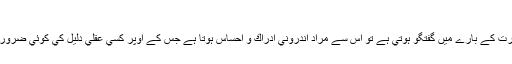
فطري لگاؤ:
جس وقت فطرت كے بارے ميں گفتگو ہوتي ہے تو اس سے مراد اندروني ادراك و احساس ہوتا ہے جس كے اوپر كسي عقلي دليل كي كوئي ضرورت نہيں ہوتي۔